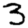
Digit: 3